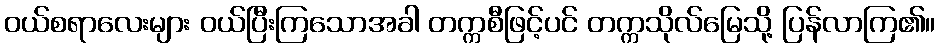
ဝယ်စရာလေးများ ဝယ်ပြီးကြသောအခါ တက္ကစီဖြင့်ပင် တက္ကသိုလ်မြေသို့ ပြန်လာကြ၏။